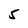
Character: 5